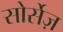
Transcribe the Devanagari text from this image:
सोर्सेज़